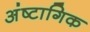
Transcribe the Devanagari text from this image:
अंष्टागिक